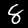
Digit: 8